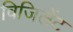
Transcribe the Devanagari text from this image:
विजिलेंट